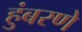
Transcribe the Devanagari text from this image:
हुंबरणे